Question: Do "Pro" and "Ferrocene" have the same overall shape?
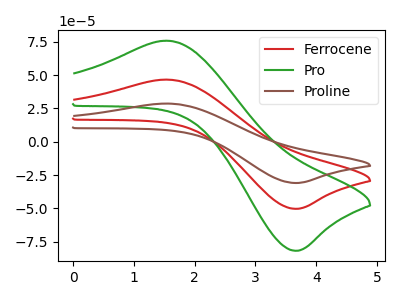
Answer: <think>The red curve "Ferrocene" has an anodic peak at (1.55V, 46.70uA) and a cathodic peak at (3.65V, -50.30uA). The green curve "Pro" has an anodic peak at (1.55V, 75.90uA) and a cathodic peak at (3.65V, -81.80uA). The brown curve "Proline" has an anodic peak at (1.55V, 93.35uA) and a cathodic peak at (3.65V, -100.60uA).
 All the peaks in "Pro" have a peak in "Ferrocene" at the same potential. Every peak in "Pro" is higher than every peak in "Ferrocene".</think>
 <answer>"Pro" and "Ferrocene" are similar in shape.</answer>
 <eval>same_shape</eval>